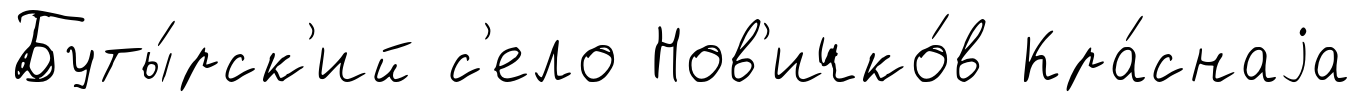
Буты́рск'ий с'ело Нов'ичко́в Кра́снаjа